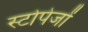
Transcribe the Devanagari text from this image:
स्टोपेजों